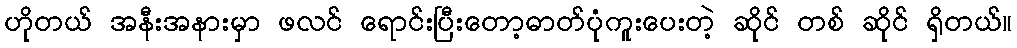
ဟိုတယ် အနီးအနားမှာ ဖလင် ရောင်းပြီးတော့ဓာတ်ပုံကူးပေးတဲ့ ဆိုင် တစ် ဆိုင် ရှိတယ်။